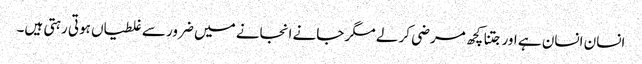
انسان انسان ہے اور جتنا کچھ مرضی کر لے مگر جانے انجانے میں ضرور سے غلطیاں ہوتی رہتی ہیں۔